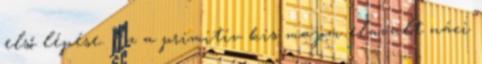
első lépése. Ez a primitív kis majom elavult náci